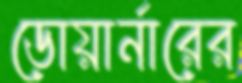
ডোয়ার্নারের